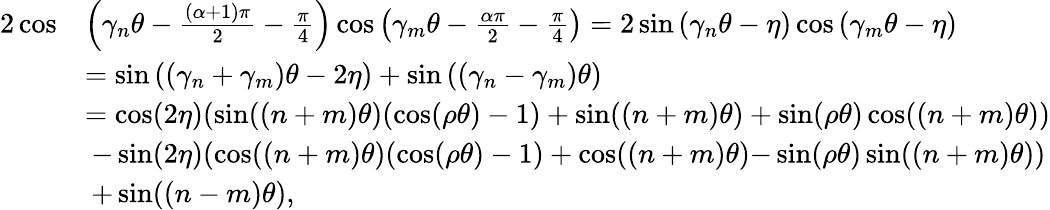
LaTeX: \begin{array}{rl}{2\cos}&{\left(\gamma_{n}\theta-\frac{(\alpha+1)\pi}{2}-\frac{\pi}{4}\right)\cos\left(\gamma_{m}\theta-\frac{\alpha\pi}{2}-\frac{\pi}{4}\right)=2\sin\left(\gamma_{n}\theta-\eta\right)\cos\left(\gamma_{m}\theta-\eta\right)}\\ &{=\sin\left((\gamma_{n}+\gamma_{m})\theta-2\eta\right)+\sin\left((\gamma_{n}-\gamma_{m})\theta\right)}\\ &{=\cos(2\eta)(\sin((n+m)\theta)(\cos(\rho\theta)-1)+\sin((n+m)\theta)+\sin(\rho\theta)\cos((n+m)\theta))}\\ &{\: -\sin(2\eta)(\cos((n+m)\theta)(\cos(\rho\theta)-1)+\cos((n+m)\theta){-}\sin(\rho\theta)\sin((n+m)\theta))}\\ &{\: +\sin((n-m)\theta),}\end{array}